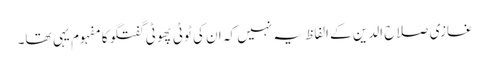
غازی صلاح الدین کے الفاظ یہ نہیں کہ ان کی ٹوٹی پھوٹی گفتگو کا مفہوم یہی تھا۔